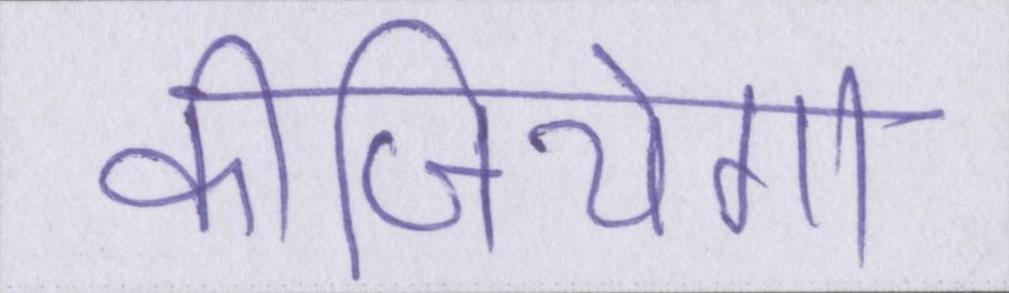
कीजियेगा